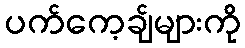
ပက်ကေ့ချ်များကို